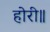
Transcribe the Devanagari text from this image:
होरी॥